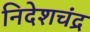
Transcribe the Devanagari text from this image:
निदेशचंद्र